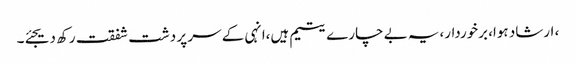
، ارشاد ہوا، برخوردار،یہ بے چارے یتیم ہیں،انہی کے سر پر دشت شفقت رکھ دیجئے۔